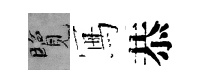
覽冩恭